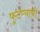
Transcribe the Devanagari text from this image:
फुटण्याची